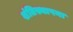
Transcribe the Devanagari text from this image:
शंतिस्थापना